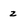
Character: z